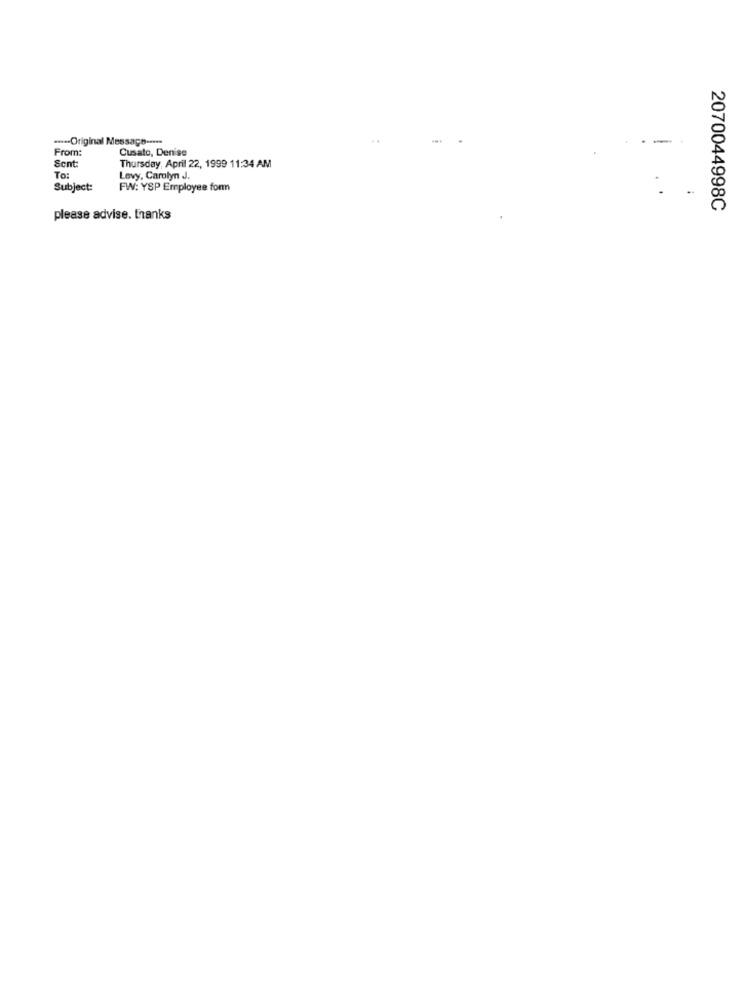
---- Original Message -----
..
-
From:
Cusato, Denise
Thursday, April 22, 1999 11:34 AM
Sent:
To:
Levy, Carolyn J.
Subject:
FW: YSP Employee form
2070044998C
please advise. thanks